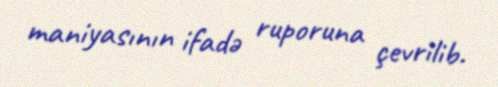
maniyasının ifadə ruporuna çevrilib.